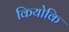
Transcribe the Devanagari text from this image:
कियोकि